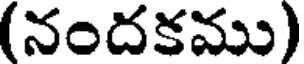
(నందకము)